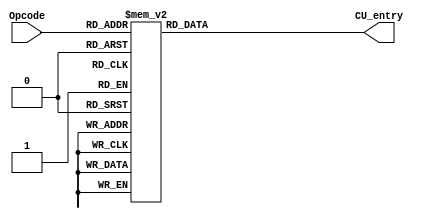
`timescale 1ns / 1ps
//////////////////////////////////////////////////////////////////////////////////
// Company: 
// Engineer: 
// 
// Design Name: 
// Module Name: decode
// Project Name: 
// Target Devices: 
// Tool Versions: 
// Description: 
// 
// Dependencies: 
// 
// Revision:
// Revision 0.01 - File Created
// Additional Comments:
// 
//////////////////////////////////////////////////////////////////////////////////


module decode(
    input[5:0] Opcode,       //5
    output reg[15:0] CU_entry //?
  );
always@(Opcode)
begin
  case(Opcode)  //Opcode-Umem
      6'b000000:    CU_entry = 16'b000001_000000_0000;//MOV
      6'b000001:    CU_entry = 16'b000001_000001_0000;//MOV(I)
      6'b000010:    CU_entry = 16'b000001_000010_0000;//LAD
      6'b000011:    CU_entry = 16'b000001_000011_0000;//LAD(I)
      6'b000100:    CU_entry = 16'b000001_000100_0000;//STO
      6'b000110:    CU_entry = 16'b000001_000110_0000;//ADD
      6'b001000:    CU_entry = 16'b000001_001000_0000;//SUB
      6'b001010:    CU_entry = 16'b000001_001010_0000;//INC
      6'b001100:    CU_entry = 16'b000001_001100_0000;//DEC
      6'b001110:    CU_entry = 16'b000001_001110_0000;//AND
      6'b010000:    CU_entry = 16'b000001_010000_0000;//OR
      6'b010010:    CU_entry = 16'b000001_010010_0000;//NOT
      6'b010100:    CU_entry = 16'b000001_010100_0000;//CMP
      6'b010111:    CU_entry = 16'b000001_010111_0000;//JEQ
      6'b011001:    CU_entry = 16'b000001_010111_0000;//JNE
      6'b011011:    CU_entry = 16'b000001_010111_0000;//JHI
      6'b011101:    CU_entry = 16'b000001_010111_0000;//JHS
      6'b011111:    CU_entry = 16'b000001_010111_0000;//JLO
      6'b100001:    CU_entry = 16'b000001_010111_0000;//JLS
      6'b100011:    CU_entry = 16'b000001_010111_0000;//JMP
      6'b111110:    CU_entry = 16'b000000_000000_0000;//HLT
      default:      CU_entry = 16'b000000_000000_0000;
    endcase
end
endmodule